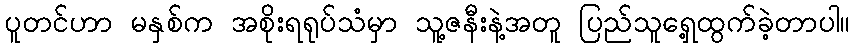
ပူတင်ဟာ မနှစ်က အစိုးရရုပ်သံမှာ သူ့ဇနီးနဲ့အတူ ပြည်သူရှေ့ထွက်ခဲ့တာပါ။